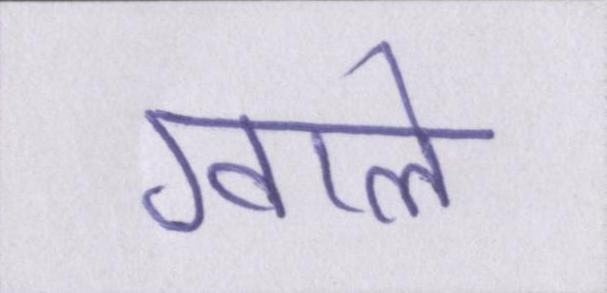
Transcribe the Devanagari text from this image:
ग्वाले